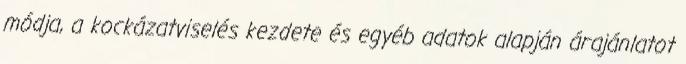
módja, a kockázatviselés kezdete és egyéb adatok alapján árajánlatot